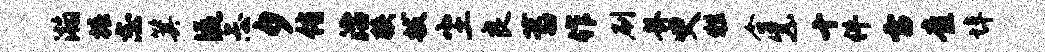
瀚椿志箕流忐夕侑治狭拔尘良蓄作刷卦臾牲合紫十件雷查埠